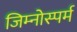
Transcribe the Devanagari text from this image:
जिम्‍नोस्‍पर्म